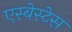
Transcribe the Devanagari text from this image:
एस्बेस्टेस